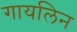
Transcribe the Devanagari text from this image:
गायलिन